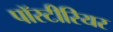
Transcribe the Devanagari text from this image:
पॉस्टीरियर